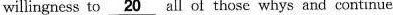
willingness to \underline{20} all of those whys and continue